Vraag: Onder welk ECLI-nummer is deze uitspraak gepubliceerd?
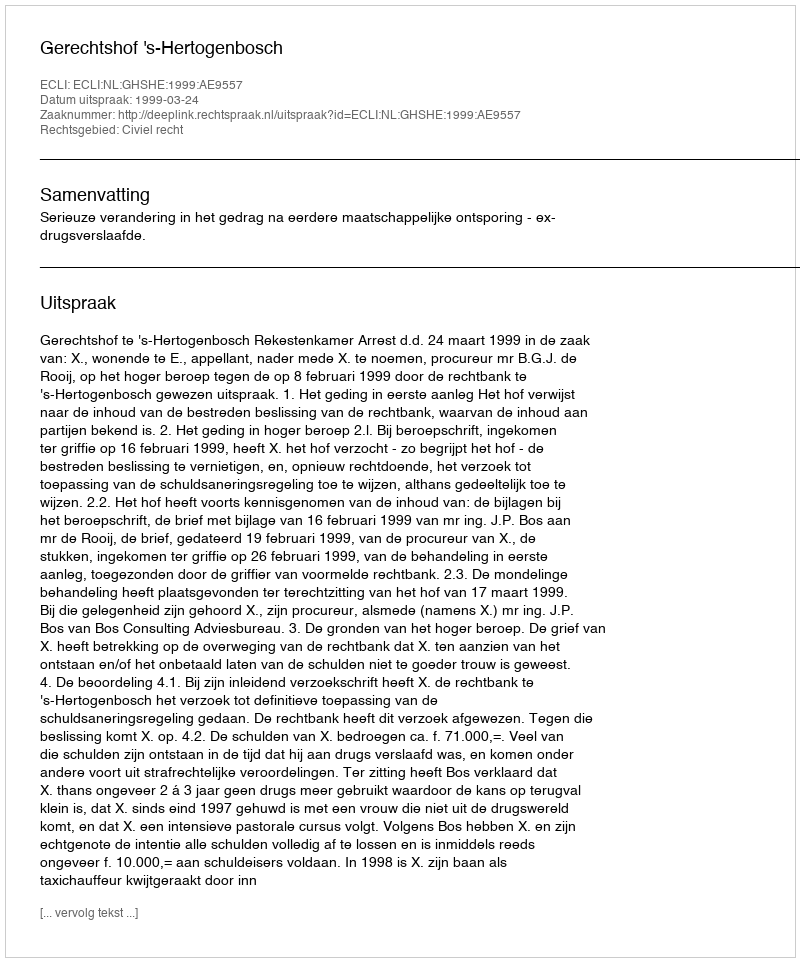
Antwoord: ECLI:NL:GHSHE:1999:AE9557